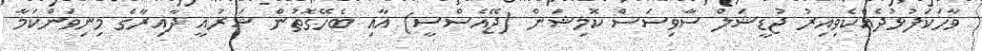
ވާހަކަފުޅުދެއްކެވިއިރު ޖުޑީޝަލް ސާވިސަސް ކޮމިޝަން (ޖޭއެސްސީ) އާއި ބެހޭގޮތުން ޝަރުއީ ދާއިރާގެ މިނިވަންކަމާ